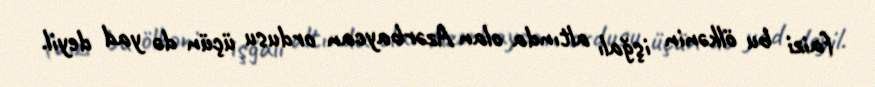
faizi bu ölkənin işğalı altında olan Azərbaycan ordusu üçün də yad deyil.